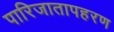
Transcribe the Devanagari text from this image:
पारिजातापहरण